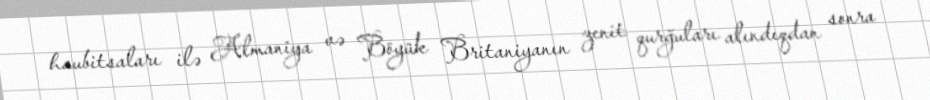
haubitsaları ilə Almaniya və Böyük Britaniyanın zenit qurğuları alındıqdan sonra